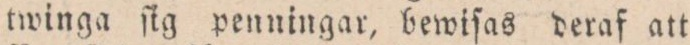
twinga ſig penningar, bewiſas deraf att